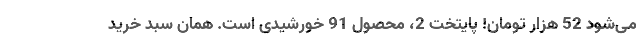
می‌شود 52 هزار تومان! پایتخت 2، محصول 91 خورشیدی است. همان سبد خرید